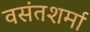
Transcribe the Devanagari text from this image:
वसंतशर्मा